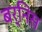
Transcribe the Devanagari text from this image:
बर्निस